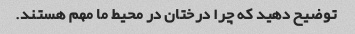
توضیح دهید که چرا درختان در محیط ما مهم هستند.